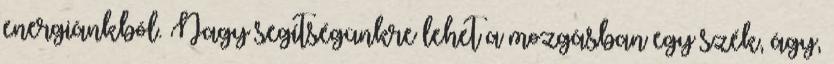
energiánkból. Nagy segítségünkre lehet a mozgásban egy szék, ágy,